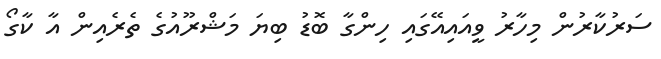
ސަރުކާރުން މިހާރު ވީއައިއޭގައި ހިންގާ ބޮޑު ބިޔަ މަޝްރޫއުގެ ތެރެއިން އާ ކާގޯ